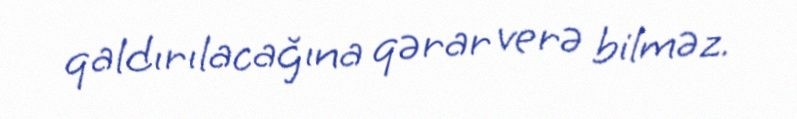
qaldırılacağına qərar verə bilməz.